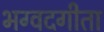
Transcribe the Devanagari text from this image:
भग्वदगीता